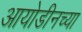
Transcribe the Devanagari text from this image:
आयोडीनच्या